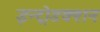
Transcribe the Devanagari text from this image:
इन्ट्रोडक्शन